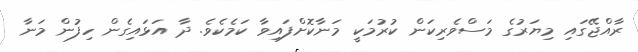
ރާއްޖޭގައި މިޔަރުގެ މަސްވެރިކަން ކުރުމަކީ މަނާކޮށްފައިވާ ކަމެެކެވެ. ދާ އަޅައިގެން ހިފުން މަނާ